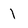
Character: I